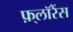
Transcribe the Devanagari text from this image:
फ़्लॉरेंस